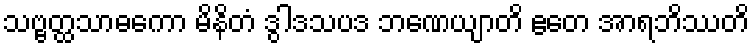
သဗ္ဗတ္ထသာဓကော မိနိတံ ဒွါဒသပဒ ဘဏေယျာတိ ဧတေ အာရဘိဿတိ